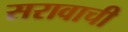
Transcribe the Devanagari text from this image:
सरावाची